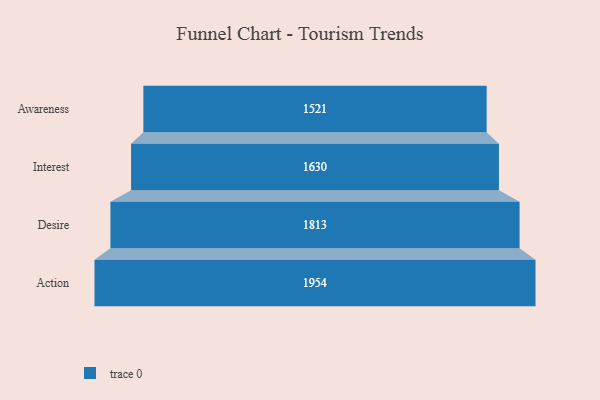
{"axis": {"x": "Stage", "y": "Value"}, "legend": [""], "data": [{"x": "Awareness", "y": 1521.0, "type": ""}, {"x": "Interest", "y": 1630.0, "type": ""}, {"x": "Desire", "y": 1813.0, "type": ""}, {"x": "Action", "y": 1954.0, "type": ""}]}